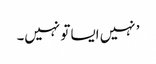
’ نہیں ایسا تو نہیں۔